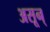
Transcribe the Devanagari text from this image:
असून्